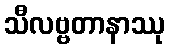
သီလဗ္ဗတာနာဿု